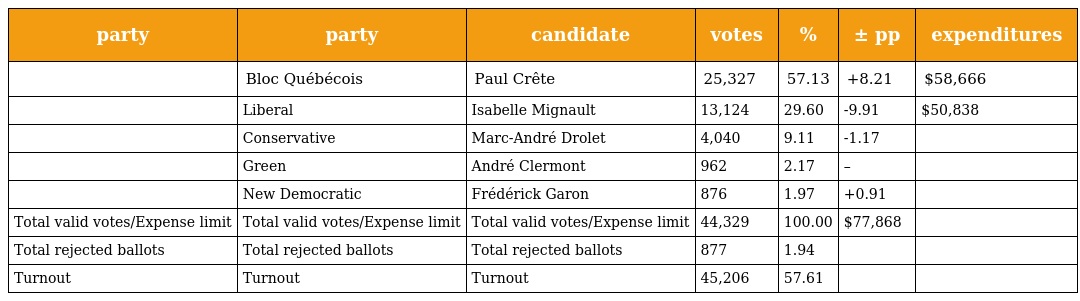
| party | party | candidate | votes | % | ± pp | expenditures |
 | --- | --- | --- | --- | --- | --- | --- |
 |  | Bloc Québécois | Paul Crête | 25,327 | 57.13 | +8.21 | $58,666 |
 |  | Liberal | Isabelle Mignault | 13,124 | 29.60 | -9.91 | $50,838 |
 |  | Conservative | Marc-André Drolet | 4,040 | 9.11 | -1.17 |  |
 |  | Green | André Clermont | 962 | 2.17 | – |  |
 |  | New Democratic | Frédérick Garon | 876 | 1.97 | +0.91 |  |
 | Total valid votes/Expense limit | Total valid votes/Expense limit | Total valid votes/Expense limit | 44,329 | 100.00 | $77,868 |  |
 | Total rejected ballots | Total rejected ballots | Total rejected ballots | 877 | 1.94 |  |  |
 | Turnout | Turnout | Turnout | 45,206 | 57.61 |  |  |